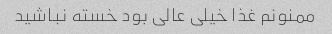
ممنونم غذا خیلی عالی بود خسته نباشید